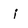
Character: i